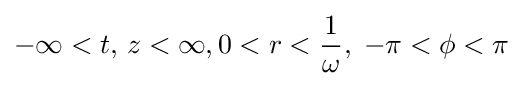
-\infty <t,\,z<\infty ,0<r<{\frac {1}{\omega }},\;-\pi <\phi <\pi